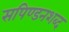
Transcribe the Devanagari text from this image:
सपिण्डनशब्द